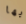
بها